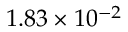
1 . 8 3 \times 1 0 ^ { - 2 }